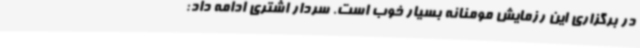
در برگزاری این رزمایش مومنانه بسیار خوب است. سردار اشتری ادامه داد: